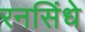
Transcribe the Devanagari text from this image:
रनसिंधे